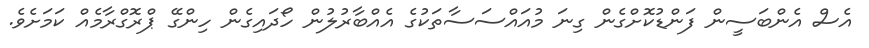
އެސް އެންބަސީން ފަންޑުކޮށްގެން ގިނަ މުއައްސަސާތަކުގެ އެއްބާރުލުން ހޯދައިގެން ހިންގޭ ޕްރޮގްރާމެއް ކަމަށެވެ.